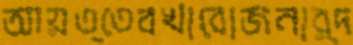
আয়ত্তেবখাবোজনার্দ